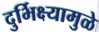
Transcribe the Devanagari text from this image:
दुर्भिक्ष्यामुळे